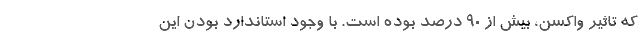
که تاثیر واکسن، بیش از ۹۰ درصد بوده است. با وجود استاندارد بودن این